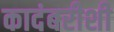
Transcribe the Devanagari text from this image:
कादंबरीशी